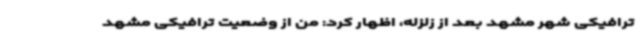
ترافیکی شهر مشهد بعد از زلزله، اظهار کرد: من از وضعیت ترافیکی مشهد